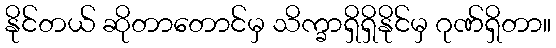
နိုင်တယ် ဆိုတာတောင်မှ သိက္ခာရှိရှိနိုင်မှ ဂုဏ်ရှိတာ။